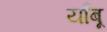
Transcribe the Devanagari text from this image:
याँबू